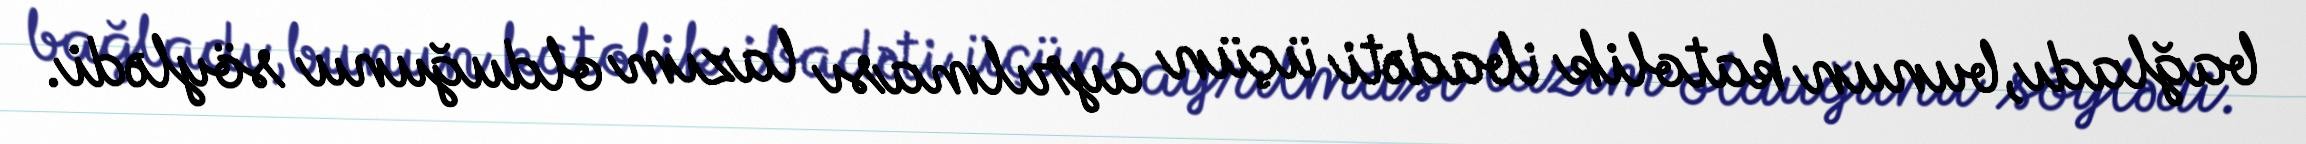
bağladı,bunun katolik ibadəti üçün ayrılması lazım olduğunu söylədi.